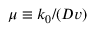
\mu \equiv k _ { 0 } / ( D v )